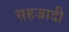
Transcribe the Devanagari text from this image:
सहजादी